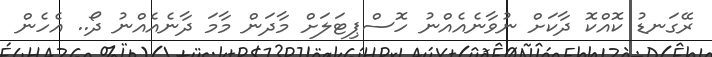
ރޭގަނޑު ކޮއްކޮ ދާކަށް ނުވާނެއެއްނު ހޮސްޕިޓަލަށް މާދަން މާމަ ދާނެއެއްނު ދޯ.. އެހެން